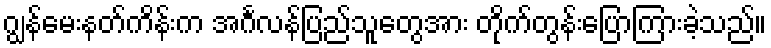
ဂျွန်မေးနတ်ကိန်းက အင်္ဂလန်ပြည်သူတွေအား တိုက်တွန်းပြောကြားခဲ့သည်။